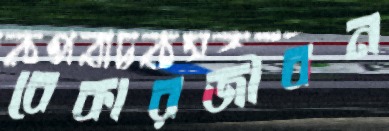
বেকারজীবন